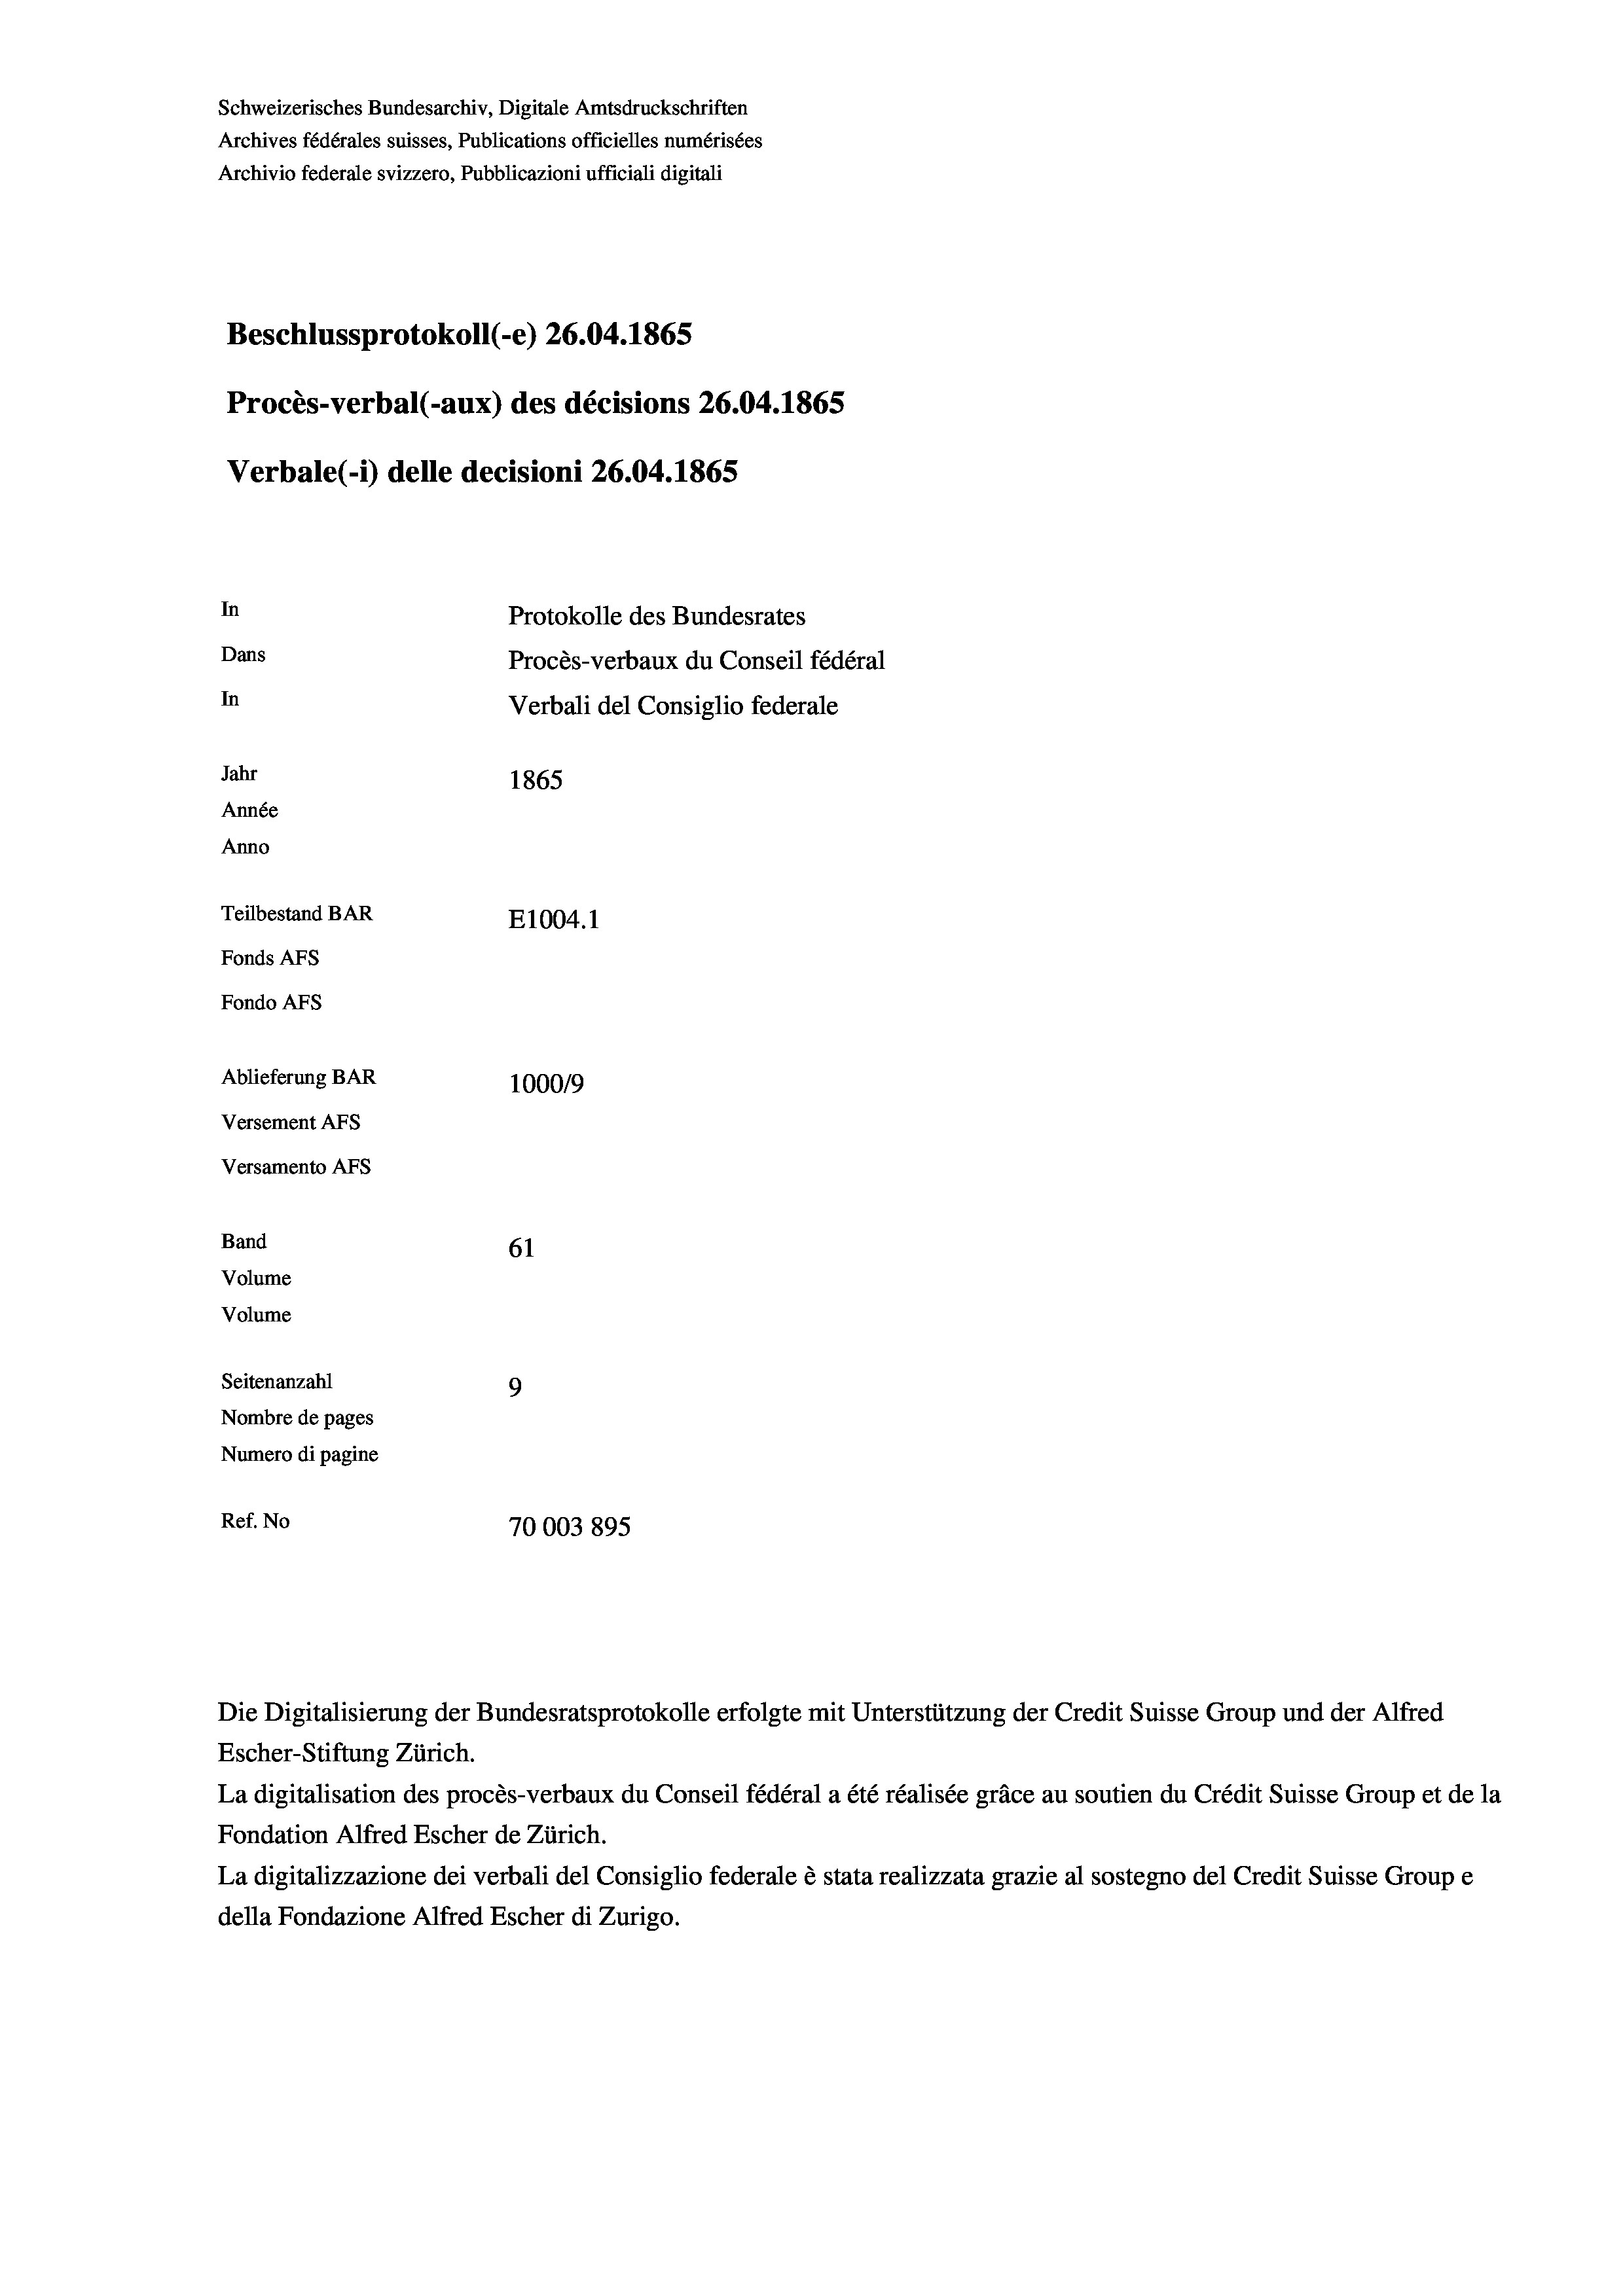
Schweizerisches Bundesarchiv, Digitale Amtsdruckschriften
Archives fédérales suisses, Publications officielles numérisées
Archivio federale svizzero, Pubblicazioni ufficiali digitali
Beschlussprotokoll (-e) 26.04. 1865
Procès-verbal (-aux) des décisions 26.04. 1865
Verbale (i) delle decisioni 26.04. 1865
In
Protokolle des Bundesrates
Dans
Procès-verbaux du Conseil fédéral
In
Verbali del Consiglio federale
Jahr
1865
Année
Anno
Teilbestand BAR
E1004.1
Fonds AFs
Fondo AFS
Ablieferung BAR
100019
Versement Abs
Versamento Afs
Band
61
Volume
Volume

Seitenanzahl
9
Nombre de pages
Numero di pagine
Ref. No
70003895

Escher-Stiftung Zürich.
La digitalisation des procès-verbaux du Conseil fédéral a été réalisée gräce au soutien du Crédit Suisse Group et de la
Fondation Alfred Escher de Zürich.
La digitalizzazione dei verbali del Consiglio federale è stata realizzata grazie al sostegno del Credit Suisse Groupe
della Fondazione Alfred Escher di Zurigo.

Die Digitalisierung der Bundesratsprotokolle erfolgte mit Unterstützung der Credit Suisse Group und der Alfred